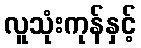
လူသုံးကုန်နှင့်